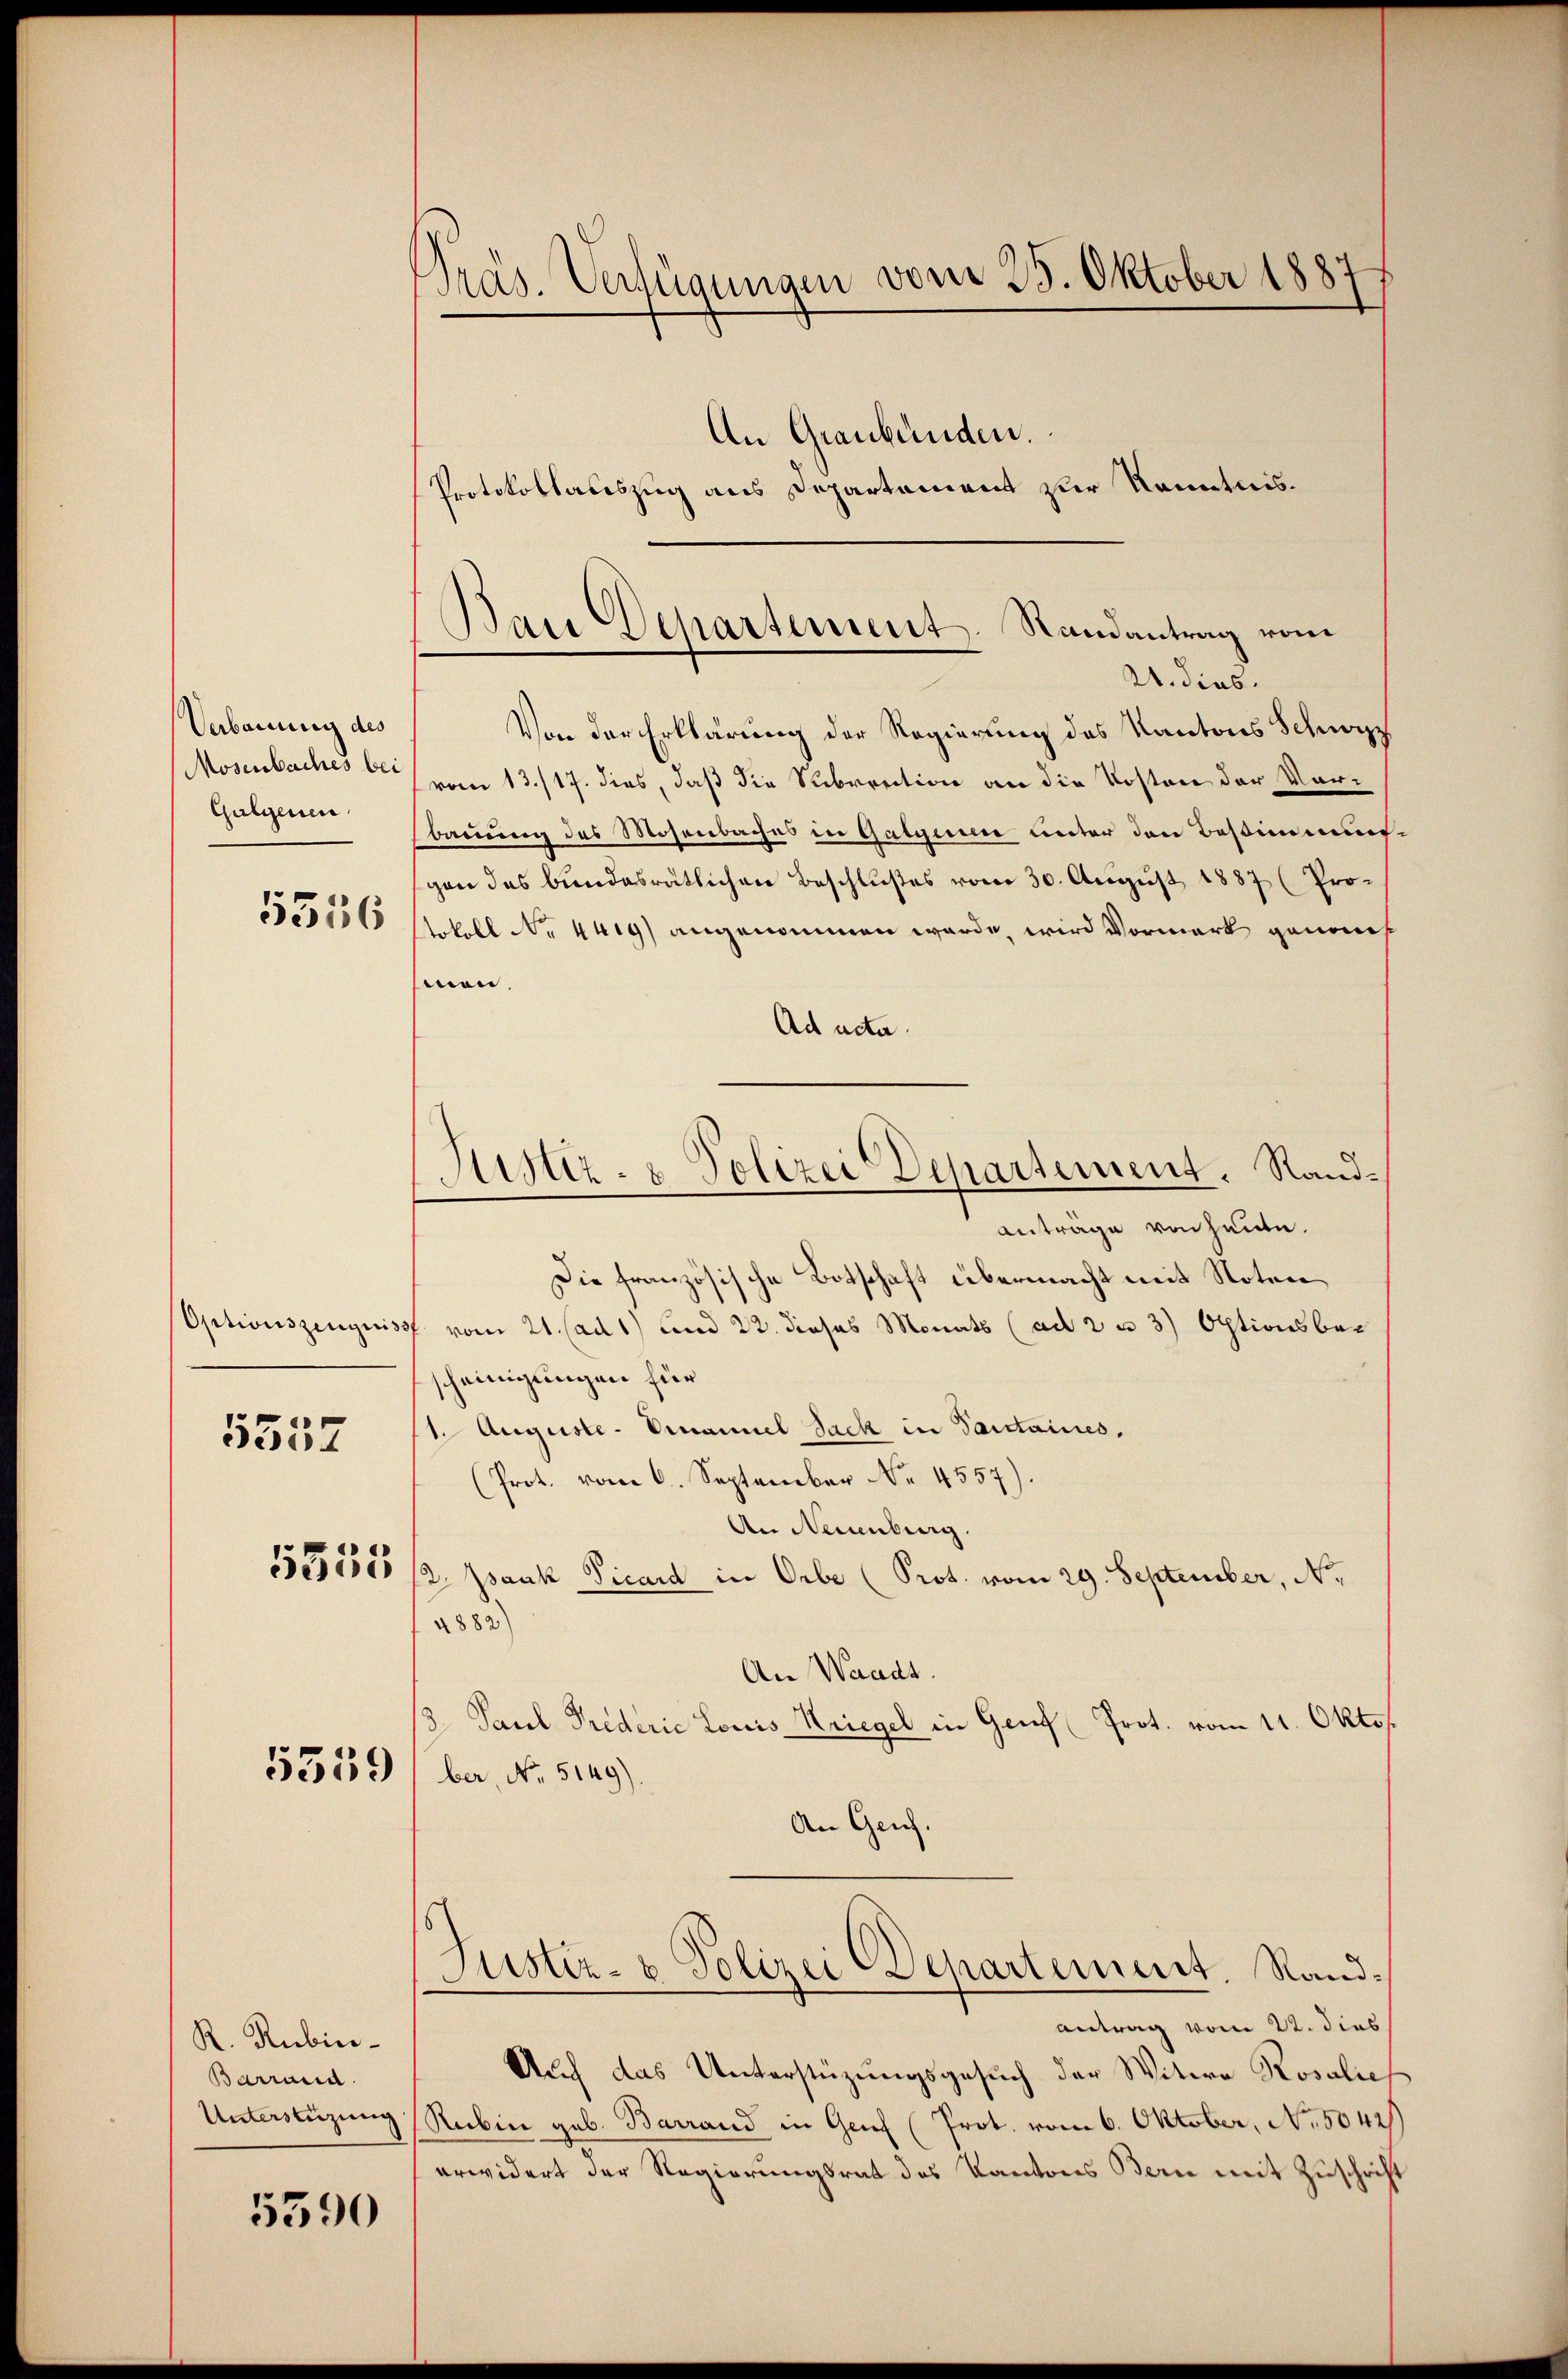
Verbauung des
Galgenen
5556

5537

5555

5339

R. Rubin¬
Barrand
Unterstüzung

5390

Präs. Verfügungen vom 25. Oktober 1887,
An Graubünden.
Protokollauszug aus Departement zur Kenntnis.

Dan Departement. Randantrag vom
21. dies

Von der Erklärung der Regierung des Kantons Schwarz
Mosenbaches bei vom 13./17. dies, daß die Subvention an die Kosten der Vorbauung des Mosenbaches in Galger unter den Bestimmung
gen des bundesrätlichen Beschlußes vom 30. August 1887 (Protokoll No 4419) angenommen werde, wird Vormerk genom
men.
Ad acta.
anträge von heute.
Die französische Botschaft übermacht mit Noten
Optionszenquiss. vom 21. (ad 1) und 22. dieses Monats (ad 2 u 3) Optionsbescheinigungen für
11. Auguste. Emanuel Sach in Sanctaines,
(Prot. vom 6. September No. 4557).
An Neuenburg.
st. Jauk Vicard in Orbe (Prot. vom 29. September, No.
2882)
An Waadt.
/3. Paul Triderie Louis Kriegel in Genf (Prot. vom 11. Okto
ber, No. 5149).
An Genf.

Justiz- & Polizei Departement. Rand¬

Justiz- & Polizei Departement. Randantrag vom 22. dies

Auch das Unterstüzungsgesuch der Witwe Rosalie
Rubin geb. Barrand in Genf (Prot. vom 6. Oktober, No. 5042)
erwidert der Regierungsrat des Kantons Bern mit Zuschrift